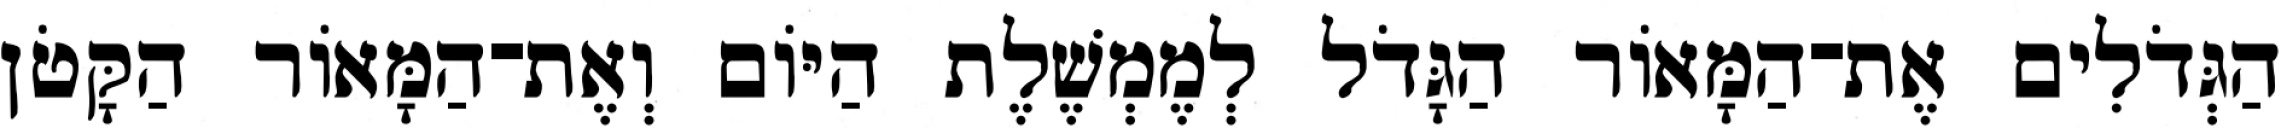
הַגְּדֹלִים אֶת־הַמָּאֹור הַגָּדֹל לְמֶמְשֶׁלֶת הַיֹּום וְאֶת־הַמָּאֹור הַקָּטֹן